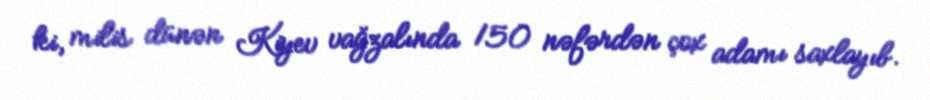
ki, milis dünən Kiyev vağzalında 150 nəfərdən çox adamı saxlayıb.